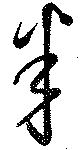
半